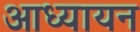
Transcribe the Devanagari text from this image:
आध्यायन